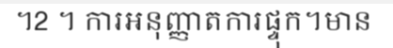
។2 ។ ការអនុញ្ញាតការផ្ទុក។មាន